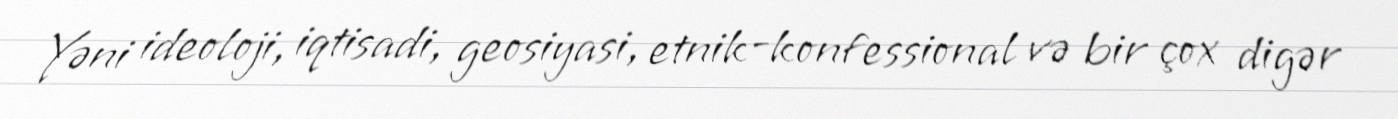
Yəni ideoloji, iqtisadi, geosiyasi, etnik-konfessional və bir çox digər